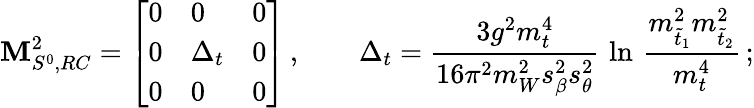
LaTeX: {\mathbf M_{S^{0},RC}^{2}}=\left[\begin{array}{lll}{{0}}&{{0}}&{{0}}\\ {{0}}&{{\Delta_{t}}}&{{0}}\\ {{0}}&{{0}}&{{0}}\end{array}\right]\, ,\qquad\Delta_{t}={\frac{3g^{2}m_{t}^{4}}{16\pi^{2}m_{W}^{2}s_{\beta}^{2}s_{\theta}^{2}}}\, \ln\, {\frac{m_{\tilde{t}_{1}}^{2}m_{\tilde{t}_{2}}^{2}}{m_{t}^{4}}}\, ;